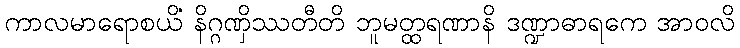
ကာလမာရောစယိံ နိဂ္ဂဏှိဿတီတိ ဘူမတ္ထရဏာနိ ဒဏ္ဍာဓာရကေ အာဝလိ